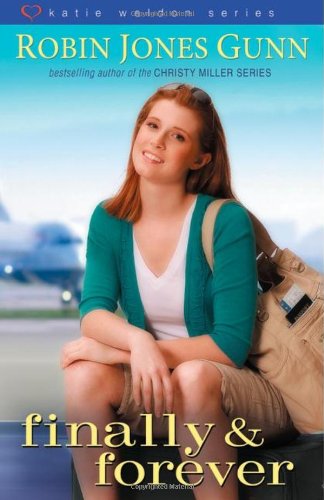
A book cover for Finally and   Forever (Katie Weldon Series); Robin Jones Gunn; Teen & Young Adult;